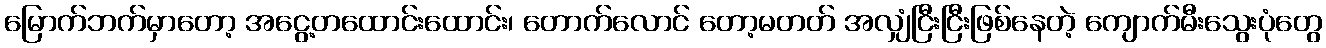
မြောက်ဘက်မှာတော့ အငွေ့တထောင်းထောင်း၊ တောက်လောင် တော့မတတ် အလျှံငြီးငြီးဖြစ်နေတဲ့ ကျောက်မီးသွေးပုံတွေ